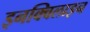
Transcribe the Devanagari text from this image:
इनक्विलाइन